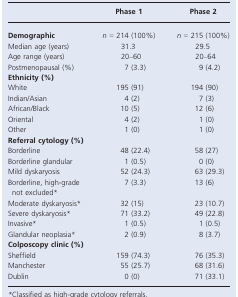
<table><thead><tr><td></td><td><b>Phase 1</b></td><td><b>Phase 2</b></td></tr></thead><tbody><tr><td><b>Demographic</b></td><td><i>n</i> = 214 (100%)</td><td><i>n</i> = 215 (100%)</td></tr><tr><td>Median age (years)</td><td>31.3</td><td>29.5</td></tr><tr><td>Age range (years)</td><td>20–60</td><td>20–64</td></tr><tr><td>Postmenopausal (%)</td><td>7 (3.3)</td><td>9 (4.2)</td></tr><tr><td colspan="3"><b>Ethnicity (%)</b></td></tr><tr><td>White</td><td>195 (91)</td><td>194 (90)</td></tr><tr><td>Indian/Asian</td><td>4 (2)</td><td>7 (3)</td></tr><tr><td>African/Black</td><td>10 (5)</td><td>12 (6)</td></tr><tr><td>Oriental</td><td>4 (2)</td><td>1 (0)</td></tr><tr><td>Other</td><td>1 (0)</td><td>1 (0)</td></tr><tr><td colspan="3"><b>Referral cytology (%)</b></td></tr><tr><td>Borderline</td><td>48 (22.4)</td><td>58 (27)</td></tr><tr><td>Borderline glandular</td><td>1 (0.5)</td><td>0 (0)</td></tr><tr><td>Mild dyskaryosis</td><td>52 (24.3)</td><td>63 (29.3)</td></tr><tr><td>Borderline, high-grade not excluded*</td><td>7 (3.3)</td><td>13 (6)</td></tr><tr><td>Moderate dyskaryosis*</td><td>32 (15)</td><td>23 (10.7)</td></tr><tr><td>Severe dyskaryosis*</td><td>71 (33.2)</td><td>49 (22.8)</td></tr><tr><td>Invasive*</td><td>1 (0.5)</td><td>1 (0.5)</td></tr><tr><td>Glandular neoplasia*</td><td>2 (0.9)</td><td>8 (3.7)</td></tr><tr><td colspan="3"><b>Colposcopy clinic (%)</b></td></tr><tr><td>Sheffield</td><td>159 (74.3)</td><td>76 (35.3)</td></tr><tr><td>Manchester</td><td>55 (25.7)</td><td>68 (31.6)</td></tr><tr><td>Dublin</td><td>0 (0)</td><td>71 (33.1)</td></tr></tbody></table>